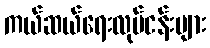
ကယ်ဆယ်ရေးလုပ်ငန်းများ